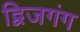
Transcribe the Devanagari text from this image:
द्विजगंग